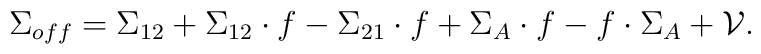
\Sigma_{off} = \Sigma_{1 2} + \Sigma_{1 2} \cdot f - \Sigma_{2 1} \cdot f + \Sigma_A \cdot f - f \cdot \Sigma_A + {\cal V} .